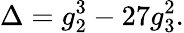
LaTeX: \Delta=g_{2}^{3}-27g_{3}^{2}.